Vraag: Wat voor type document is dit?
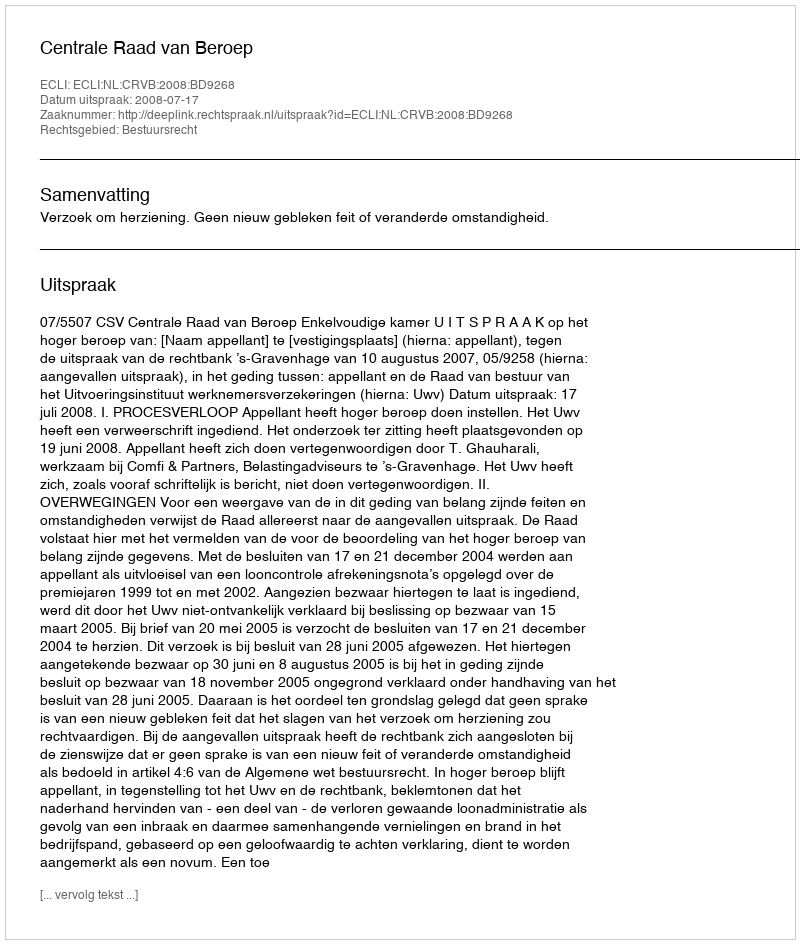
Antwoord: Uitspraak